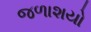
જળાશયો